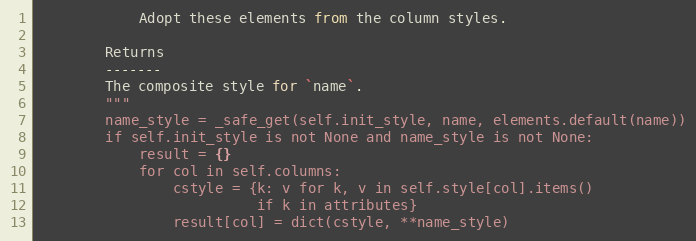
Language: Python
            Adopt these elements from the column styles.

        Returns
        -------
        The composite style for `name`.
        """
        name_style = _safe_get(self.init_style, name, elements.default(name))
        if self.init_style is not None and name_style is not None:
            result = {}
            for col in self.columns:
                cstyle = {k: v for k, v in self.style[col].items()
                          if k in attributes}
                result[col] = dict(cstyle, **name_style)